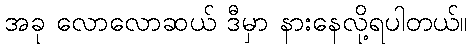
အခု လောလောဆယ် ဒီမှာ နားနေလို့ရပါတယ်။